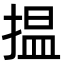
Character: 揾